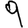
Digit: 9